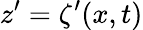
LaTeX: z^{\prime}=\zeta^{\prime}(x,t)